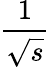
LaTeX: \frac{1}{\sqrt{s}}